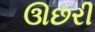
ઊછરી